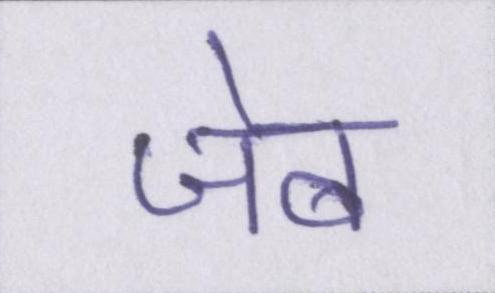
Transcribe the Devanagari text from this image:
जेब